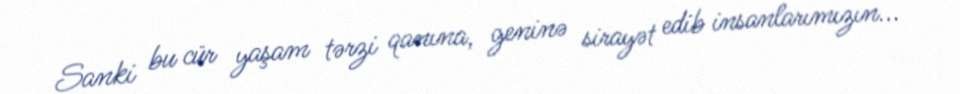
Sanki bu cür yaşam tərzi qanına, geninə sirayət edib insanlarımızın...